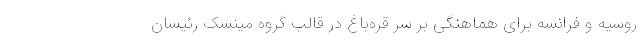
روسیه و فرانسه برای هماهنگی بر سر قره‌باغ در قالب گروه مینسک رئیسان